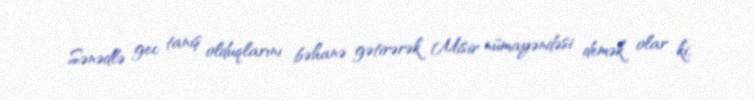
Sənədlə gec tanış olduqlarını bəhanə gətirərək Misir nümayəndəsi demək olar ki,